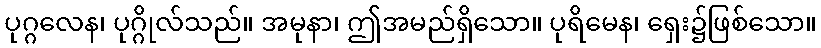
ပုဂ္ဂလေန၊ ပုဂ္ဂိုလ်သည်။ အမုနာ၊ ဤအမည်ရှိသော။ ပုရိမေန၊ ရှေး၌ဖြစ်သော။